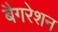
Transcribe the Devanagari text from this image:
बैगरेशन